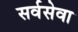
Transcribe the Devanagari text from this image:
सर्वसेवा